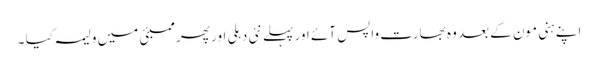
اپنے ہنی مون کے بعد وہ بھارت واپس آئے اور پہلے نئی دہلی اور پھر ممبئی میں ولیمہ کیا ۔